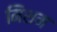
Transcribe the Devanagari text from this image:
मिशम